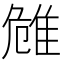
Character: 𨾼